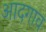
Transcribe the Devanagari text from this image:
आदगाव